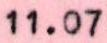
11.07